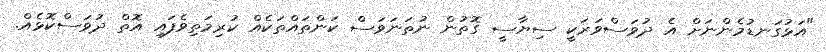
"އަޅުގަނޑުމެންނަށް އެ ދުވަސްވަރަކީ ސިޔާސީ ގޮތުން ނުތަނަވަސް ކަންތައްތަކެއް ކުރިމަތިވެފައި އޮތް ދުވަސްކޮޅެއް.